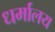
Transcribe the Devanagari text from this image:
धर्मालय